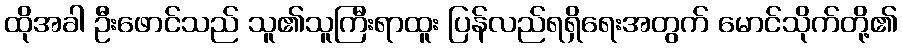
ထိုအခါ ဦးဖောင်သည် သူ၏သူကြီးရာထူး ပြန်လည်ရရှိရေးအတွက် မောင်သိုက်တို့၏